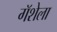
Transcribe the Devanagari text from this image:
गॅशेला